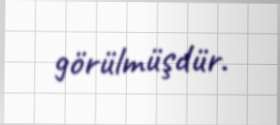
görülmüşdür.